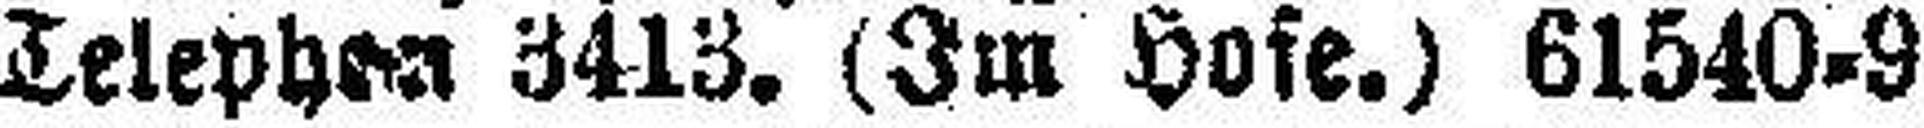
Telephon 3413. (Im Hofe.) 61540=9